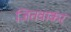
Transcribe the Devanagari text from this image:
जितवाकर